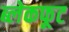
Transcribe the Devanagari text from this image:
ब्लेकफूट